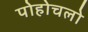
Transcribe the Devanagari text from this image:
पोहोचलो